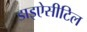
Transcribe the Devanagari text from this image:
डाइऐसीटिल